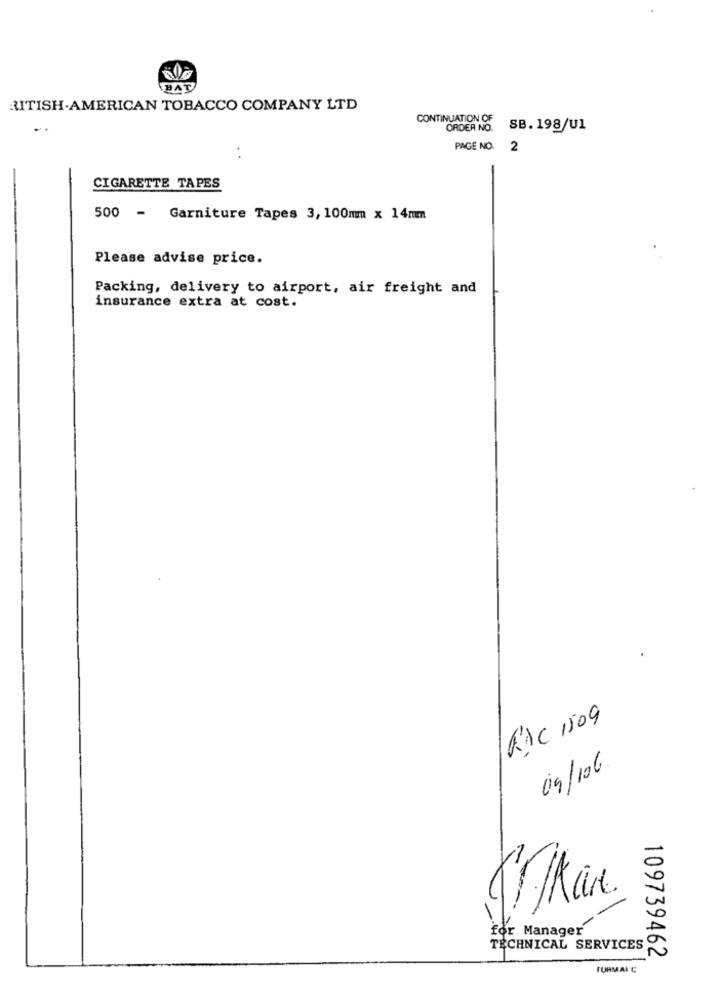
BAT
RITISH.AMERICAN TOBACCO COMPANY LTD
CONTINUATION OF
ORDER NO. SB. 198/U1
PAGE NO. 2
CIGARETTE TAPES
500 -
Garniture Tapes 3, 100mm x 14mm
Please advise price.
Packing, delivery to airport, air freight and
insurance extra at cost.
RAC 1509
09/106
for Manager
TECHNICAL SERVICES
109739462
FURMAI C